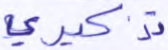
تذكيري